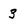
Character: 3